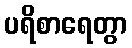
ပရိစာရေတွာ